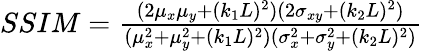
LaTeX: \begin{array}{r}{SSIM=\frac{(2\mu_{x}\mu_{y}+(k_{1}L)^{2})(2\sigma_{xy}+(k_{2}L)^{2})}{(\mu_{x}^{2}+\mu_{y}^{2}+(k_{1}L)^{2})(\sigma_{x}^{2}+\sigma_{y}^{2}+(k_{2}L)^{2})}}\end{array}